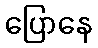
ပြောနေ